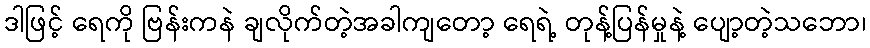
ဒါဖြင့် ရေကို ဗြန်းကနဲ ချလိုက်တဲ့အခါကျတော့ ရေရဲ့ တုန့်ပြန်မှုနဲ့ ပျော့တဲ့သဘော၊